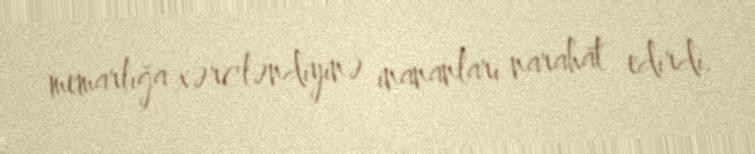
memarlığa xərcləndiyinə inananları narahat edirdi.